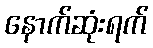
နောက်ဆုံးရက်